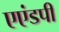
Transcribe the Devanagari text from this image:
एएंडपी